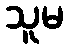
သူမ